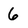
Character: 6